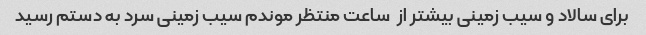
برای سالاد و سیب زمینی بیشتر از  ساعت منتظر موندم سیب زمینی سرد به دستم رسید